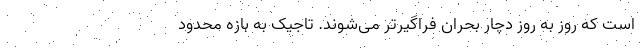
است که روز به روز دچار بحران فراگیرتر می‌شوند. تاجیک به بازه محدود